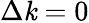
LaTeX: \Delta\mathit{k}=0